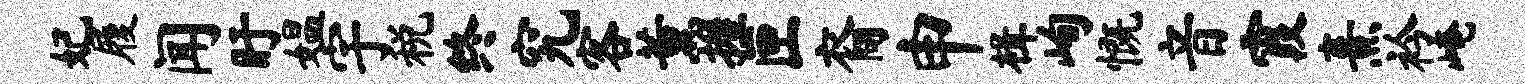
妃履闻盱媪宇税终究客薰握匣裔申楫峋慨音霞熹衿崦